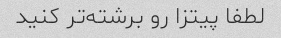
لطفا پیتزا رو برشته‌تر کنید